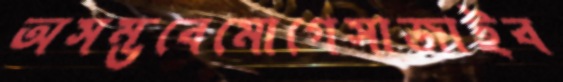
অসম্ভবেমোগেসাজাইব